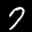
Label: 7